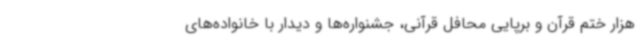
هزار ختم قرآن و برپایی محافل قرآنی، جشنواره‌ها و دیدار با خانواده‌های